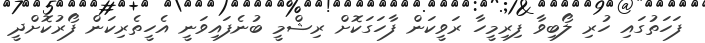
ފަހަތުގައި ހުރި ލޯބިވާ ފިރިމީހާ ރަވީކަން ފާހަގަކޮށް ރިޝްމީ ބުނެފައިވަނީ އެހީތެރިކަން ފޯރުކޮށްދީ